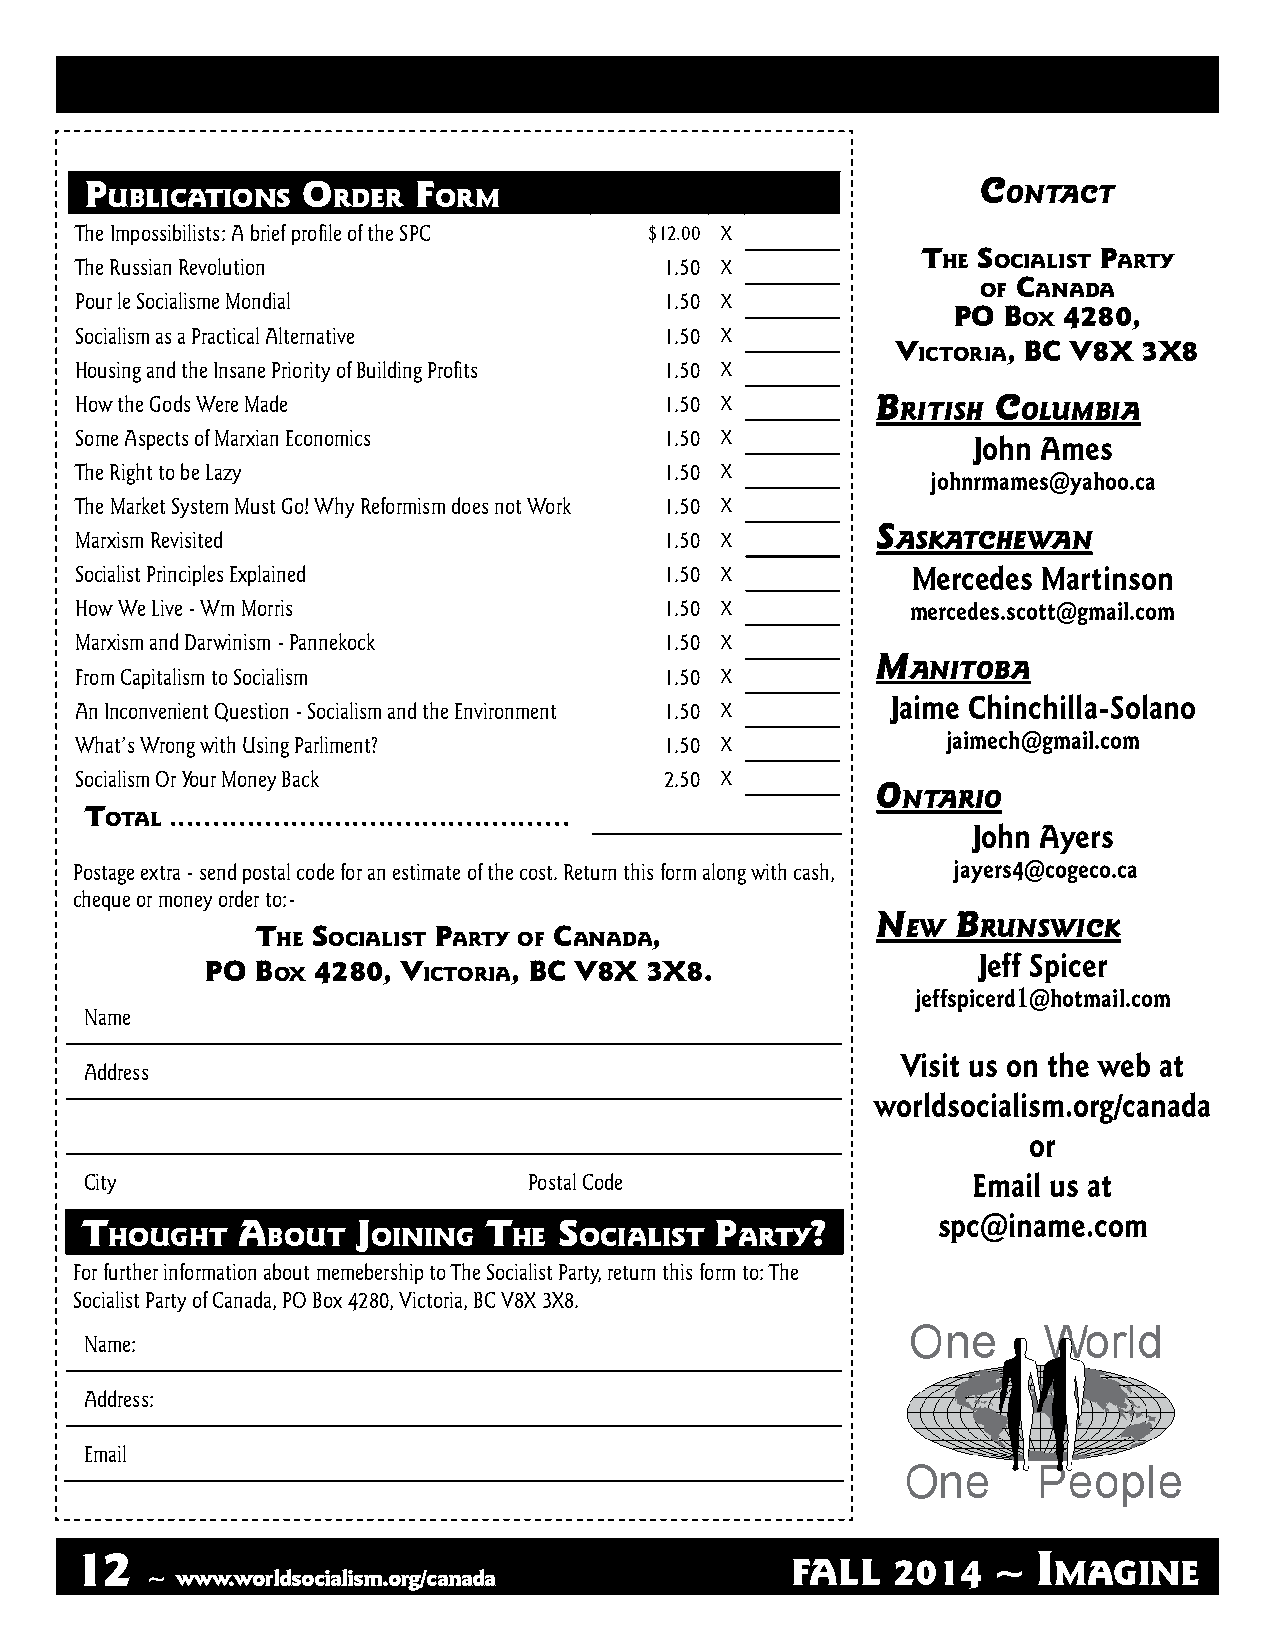
P ublicatiOns O rDer F Orm                                 C ontaCt
 The Impossibilists: A brief profile of the SPC $12.00 X
 t   s       P
 The Russian Revolution                 1.50 X            he  Ocialist arty
 c
 OF  anaDa
 Pour le Socialisme Mondial             1.50 X
 PO b   4280,
 Ox
 Socialism as a Practical Alternative   1.50 X
 v       , bc v8x 3x8
 ictOria
 Housing and the Insane Priority of Building Profits 1.50 X
 How the Gods Were Made                 1.50 X        B ritish C olumBia
 Some Aspects of Marxian Economics      1.50 X
 John Ames
 The Right to be Lazy                   1.50 X
 johnrmames@yahoo.ca
 The Market System Must Go! Why Reformism does not Work 1.50 X
 s
 Marxism Revisited                      1.50 X         askatChewan
 Socialist Principles Explained         1.50 X          Mercedes Martinson
 How We Live - Wm Morris                1.50 X          mercedes.scott@gmail.com
 Marxism and Darwinism - Pannekock      1.50 X
 m
 anitoBa
 From Capitalism to Socialism           1.50 X
 Jaime Chinchilla-Solano
 An Inconvenient Question - Socialism and the Environment 1.50 X
 What’s Wrong with Using Parliment?     1.50 X             jaimech@gmail.com
 Socialism Or Your Money Back           2.50 X
 o
 ntario
 t Otal ..............................................
 John Ayers
 Postage extra - send postal code for an estimate of the cost. Return this form along with cash, jayers4@cogeco.ca
 cheque or money order to:-
 n    B
 ew   runswiCk
 t   s       P       c     ,
 he  Ocialist arty OF anaDa
 Jeff Spicer
 PO b   4280, v      , bc v8x 3x8.
 Ox        ictOria
 jeffspicerd1@hotmail.com
 Name
 Visit us on the web at
 Address
 worldsocialism.org/canada
 or
 City                         Postal Code                  Email us at
 t          a       j       t    s         P      ?       spc@iname.com
 hOught     bOut   Oining   he  Ocialist   arty
 For further information about memebership to The Socialist Party, return this form to: The
 Socialist Party of Canada, PO Box 4280, Victoria, BC V8X 3X8.
 Name:
 Address:
 Email
 12                                                              I
 FALL   2014   ~   magine
 ~ www.worldsocialism.org/canada